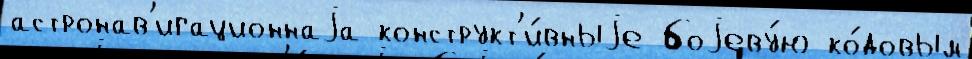
астронав'игационнаjа конструкт'и́вныjе боjеву́ю ко́довым